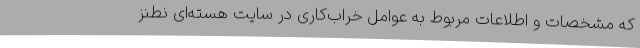
که مشخصات و اطلاعات مربوط به عوامل خراب‌کاری در سایت هسته‌ای نطنز